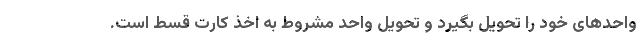
واحدهای خود را تحویل بگیرد و تحویل واحد مشروط به اخذ کارت قسط است.